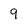
Character: 9